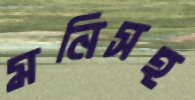
মনিসহ